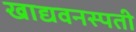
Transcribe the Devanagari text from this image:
खाद्यवनस्पती